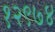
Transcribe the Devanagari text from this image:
१२९७४